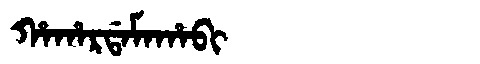
Manchu: ᡥᠠᡥᠠᡵᡩᠠᠮᠠᡥᠠᠪᡳ
Romanization: HAHARDAMAHABI